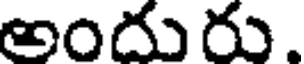
అందురు.